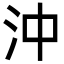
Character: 沖